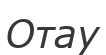
Отау